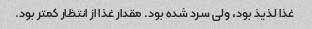
غذا لذیذ بود، ولی سرد شده بود. مقدار غذا از انتظار کمتر بود.